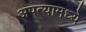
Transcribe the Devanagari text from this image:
अपत्यामध्ये